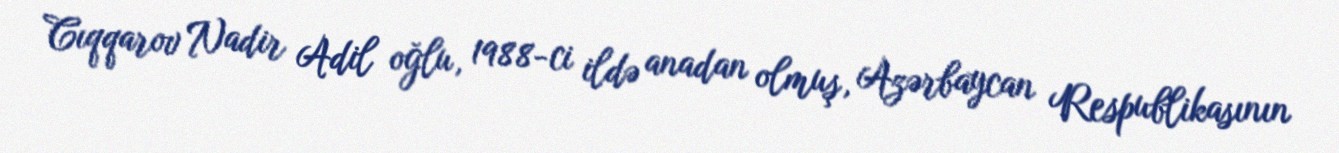
Cıqqarov Nadir Adil oğlu, 1988-ci ildə anadan olmuş, Azərbaycan Respublikasının